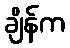
ချိန်က